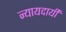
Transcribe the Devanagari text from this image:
न्यायदायी